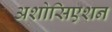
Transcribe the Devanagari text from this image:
अशोसिएशन